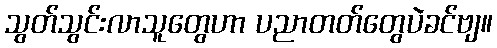
သွတ်သွင်းလာသူတွေဟာ ပညာတတ်တွေပဲခင်ဗျ။